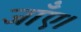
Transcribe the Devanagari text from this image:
जाँए।